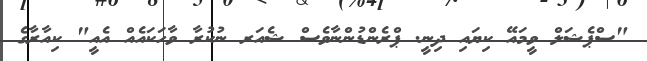
"ސްޕެޝަލް ވީމައޭ ކިޔައި ދިނީ. ޕްރެންޑުންނާވެސް ޝެއަރ ނުކުރާ ވާހަކައެއް އެއީ" ކިއާރާގެ